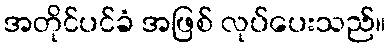
အတိုင်ပင်ခံ အဖြစ် လုပ်ပေးသည်။